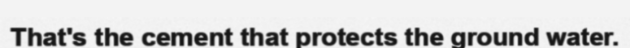
That's the cement that protects the ground water.